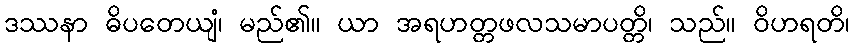
ဒဿနာ ဓိပတေယျံ၊ မည်၏။ ယာ အရဟတ္တဖလသမာပတ္တိ၊ သည်။ ဝိဟရတိ၊